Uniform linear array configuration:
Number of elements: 16
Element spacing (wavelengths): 0.25
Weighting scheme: uniform
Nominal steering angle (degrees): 45
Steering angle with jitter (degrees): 45.436
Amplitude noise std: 0.05
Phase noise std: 0.05

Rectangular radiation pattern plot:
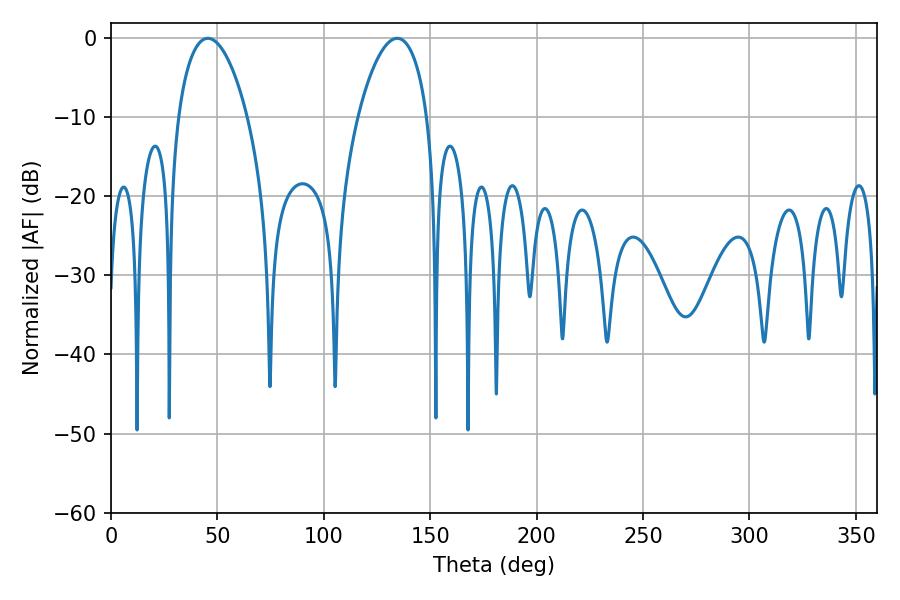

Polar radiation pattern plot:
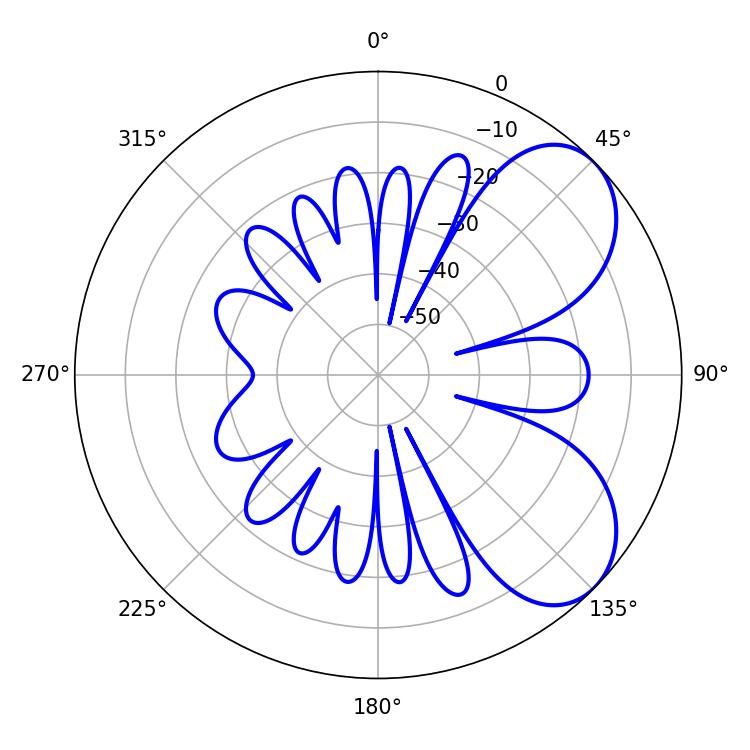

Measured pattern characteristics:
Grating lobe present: FALSE
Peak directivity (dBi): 6.1
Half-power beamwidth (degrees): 18.36
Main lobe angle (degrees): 45.54